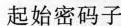
起始密码子